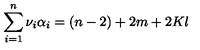
\sum _ { i = 1 } ^ { n } \nu _ { i } \alpha _ { i } = ( n - 2 ) + 2 m + 2 K l